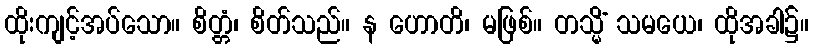
ထိုးကျင့်အပ်သော။ စိတ္တံ၊ စိတ်သည်။ န ဟောတိ၊ မဖြစ်။ တသ္မိံ သမယေ၊ ထိုအခါ၌။